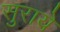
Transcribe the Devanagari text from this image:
सुराये